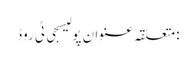
:متعلقہ عنوان پولیسجی ٹی روڈ